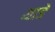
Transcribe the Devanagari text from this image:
थाडे